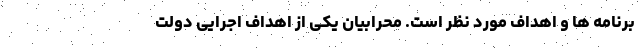
برنامه ها و اهداف مورد نظر است. محرابیان یکی از اهداف اجرایی دولت